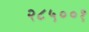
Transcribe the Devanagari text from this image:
२८५००१